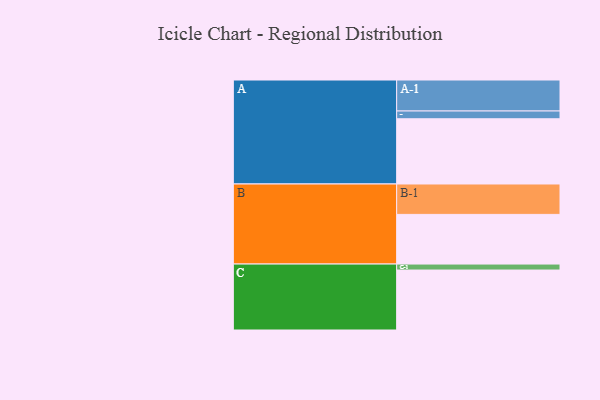
{"axis": {"x": "Segment", "y": "Value"}, "legend": ["", "A", "B", "C"], "data": [{"x": "A", "y": 545, "type": ""}, {"x": "B", "y": 415, "type": ""}, {"x": "C", "y": 501, "type": ""}, {"x": "A-1", "y": 259, "type": "A"}, {"x": "A-2", "y": 65, "type": "A"}, {"x": "B-1", "y": 254, "type": "B"}, {"x": "C-1", "y": 50, "type": "C"}]}